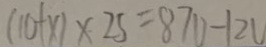
( 1 0 + x ) \times 2 5 = 8 7 0 - 1 2 V